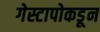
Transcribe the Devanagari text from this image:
गेस्टापोकडून